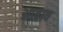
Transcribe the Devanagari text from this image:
आबाव